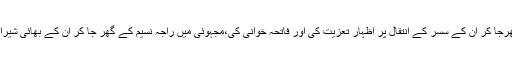
اس کے بعد صدر مسلم کانفرنس نے مسلم کانفرنسی رہنماء مبشر جانداد کے گھرجا کر اُن کے سسر کے انتقال پر اظہار تعزیت کی اور فاتحہ خوانی کی،مجہوئی میں راجہ نسیم کے گھر جا کر اُن کے بھائی شیراز قمر اسسٹ چیف پلاننگ کے انتقال پر اظہار تعزیت کی اور فاتحہ خوانی کی۔